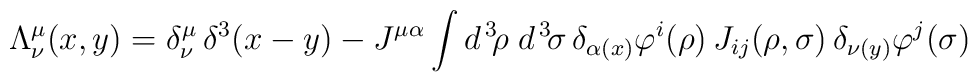
\Lambda _{\nu }^{\mu }(x,y)=\delta _{\nu }^{\mu }\,\delta ^{3}(x-y)-J^{\mu\alpha }\int d^{\,3}\!\rho \;d^{\,3}\!\sigma \,\delta _{\alpha (x)}\varphi^{i}(\rho )\,J_{ij}(\rho ,\sigma )\,\delta _{\nu (y)}\varphi ^{j}(\sigma )